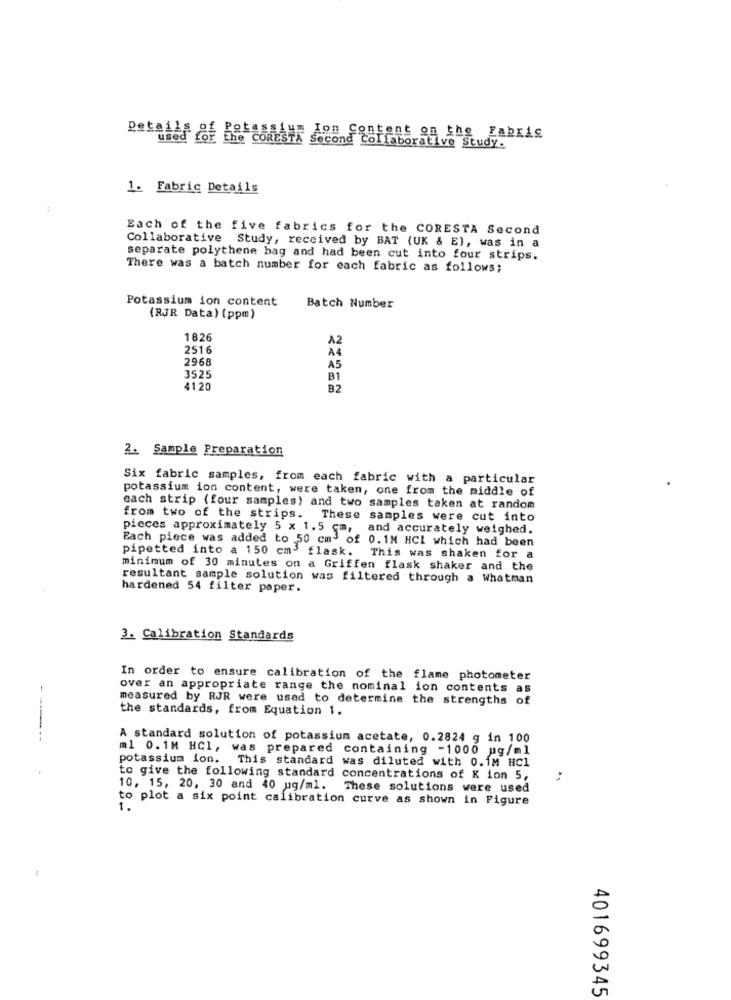
Patatas OF the CORESTA Second Collaborative Study.
Ion Content on the Fabric
1. Fabric Details
Each of the five fabrics for the CORESTA Second
Collaborative Study, received by BAT (UK & E), was in a
separate polythene bag and had been cut into four strips.
There was a batch number for each fabric as follows;
Potassium ion content
Batch Number
(RJR Data) (ppm)
1826
A2
2516
A4
2968
A5
3525
B1
4120
B2
2. Sample Preparation
Six fabric samples, from each fabric with a particular
potassium ion content, were taken, one from the middle of
each strip (four samples) and two samples taken at random
from two of the strips. These samples were cut into
pieces approximately 5 x 1.5 cm, and accurately weighed.
Each piece was added to 50 cm3 of 0.1M HCI which had been
pipetted into a 150 cm3 flask. This was shaken for a
minimum of 30 minutes on a Griffen flask shaker and the
resultant sample solution was filtered through a Whatman
hardened 54 filter paper.
3. Calibration Standards
In order to ensure calibration of the flame photometer
over an appropriate range the nominal ion contents as
measured by RJR were used to determine the strengths of
the standards, from Equation 1.
A standard solution of potassium acetate, 0.2824 g in 100
m1 0.1M HCl, was prepared containing -1000 ug/ml
potassium ion. This standard was diluted with 0.1M HC1
to give the following standard concentrations of K ion 5,
10, 15, 20, 30 and 40 ug/m1.
These solutions were used
to plot a six point calibration curve as shown in Figure
1.
-
401699345